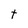
Character: t